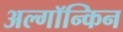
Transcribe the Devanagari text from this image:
अल्गॉन्किन